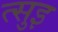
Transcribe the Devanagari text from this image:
त्सुइ